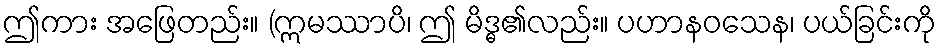
ဤကား အဖြေတည်း။ (ဣမဿာပိ၊ ဤ မိဒ္ဓ၏လည်း။ ပဟာနဝသေန၊ ပယ်ခြင်းကို